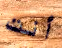
أنت